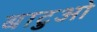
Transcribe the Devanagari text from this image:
बाटुओ